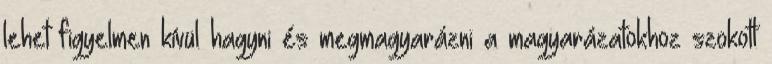
lehet figyelmen kívül hagyni és megmagyarázni a magyarázatokhoz szokott